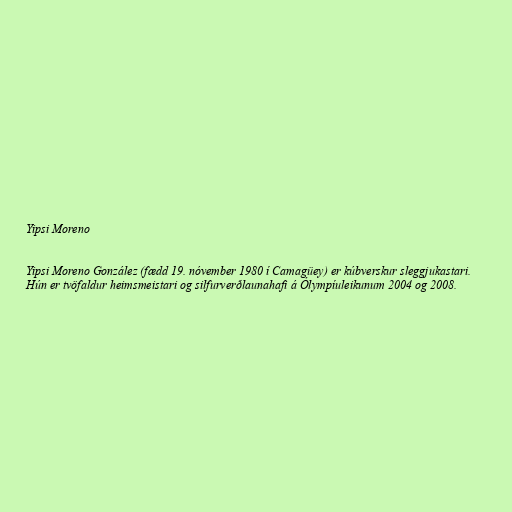
Yipsi Moreno

Yipsi Moreno González (fædd 19. nóvember 1980 í Camagüey) er kúbverskur sleggjukastari.
Hún er tvöfaldur heimsmeistari og silfurverðlaunahafi á Ólympíuleikunum 2004 og 2008.